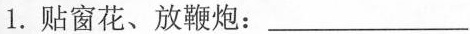
1. 贴窗花、放鞭炮：___